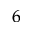
^ 6